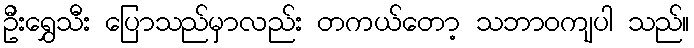
ဦးရွှေသီး ပြောသည်မှာလည်း တကယ်တော့ သဘာဝကျပါ သည်။